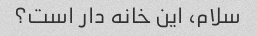
سلام، این خانه دار است؟